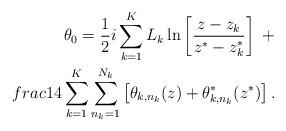
LaTeX: \begin{align*}\theta_0=\frac{1}{2}i\sum_{k=1}^KL_k\ln\left[\frac{z-z_k}{z^*-z^*_k}\right]\ +\\frac{1}{4}\sum_{k=1}^K\sum_{n_k=1}^{N_k}\left[\theta_{k,n_k}(z)+\theta^*_{k,n_k}(z^*)\right].\end{align*}